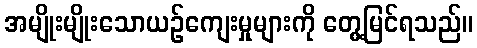
အမျိုးမျိုးသောယဉ်ကျေးမှုများကို တွေ့မြင်ရသည်။